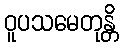
ဝူပသမေတုန္တိ